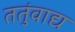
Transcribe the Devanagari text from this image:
ततुंवाद्य